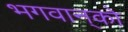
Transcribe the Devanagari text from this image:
भगवान्‌को